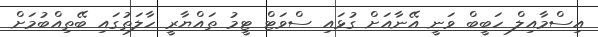
އިސްމާއިލް ހަބީބް ވަނީ އޭނާއަށް ގުޅައި ސްވަޓް ޓީމު ތައްޔާރީ ހާލަތުގައި ބޭތިއްބުމަށް